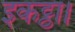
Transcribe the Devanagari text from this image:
इकट्ठा।